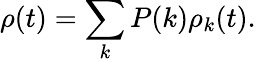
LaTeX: \rho(t)=\sum_{k}P(k)\rho_{k}(t).